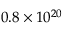
0 . 8 \times 1 0 ^ { 2 0 }